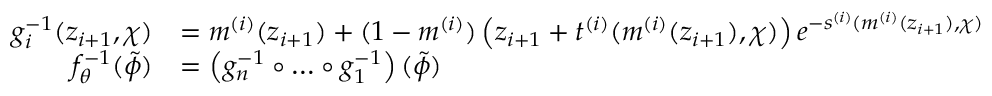
\begin{array} { r l } { g _ { i } ^ { - 1 } ( z _ { i + 1 } , \chi ) } & { = m ^ { ( i ) } ( z _ { i + 1 } ) + ( 1 - m ^ { ( i ) } ) \left( z _ { i + 1 } + t ^ { ( i ) } ( m ^ { ( i ) } ( z _ { i + 1 } ) , \chi ) \right) e ^ { - s ^ { ( i ) } ( m ^ { ( i ) } ( z _ { i + 1 } ) , \chi ) } } \\ { f _ { \theta } ^ { - 1 } ( \tilde { \phi } ) } & { = \left( g _ { n } ^ { - 1 } \circ \dots \circ g _ { 1 } ^ { - 1 } \right) ( \tilde { \phi } ) } \end{array}